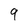
Character: 9